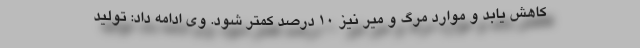
کاهش یابد و موارد مرگ و میر نیز ۱۰ درصد کمتر شود. وی ادامه داد: تولید